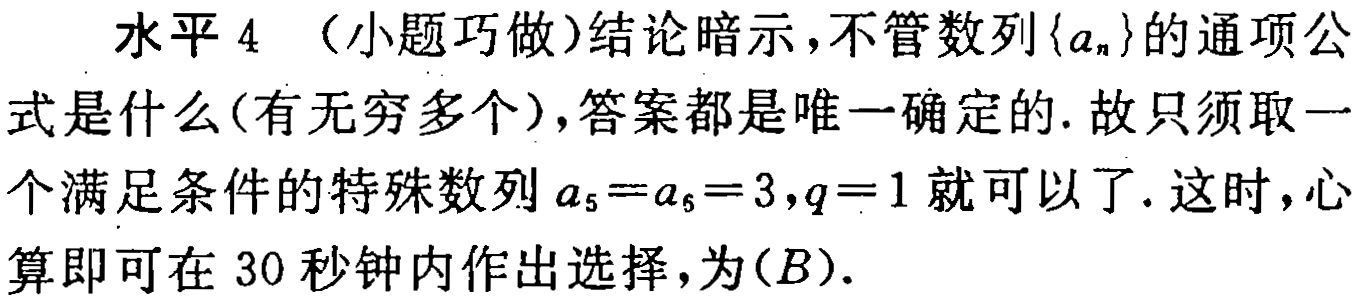
水平 4 （小题巧做）结论暗示，不管数列\(\{a_{n}\}\)的通项公式是什么(有无穷多个)，答案都是唯一确定的. 故只须取一个满足条件的特殊数列\(a_{5}=a_{6}=3,q = 1\)就可以了. 这时，心算即可在 30 秒钟内作出选择，为\((B)\).